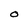
Character: O